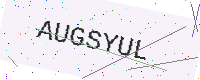
Text: AUGSYUL